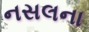
નસલના